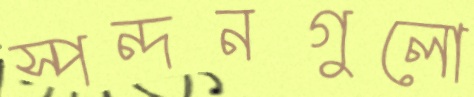
স্পন্দনগুলো